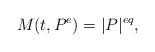
LaTeX: \begin{align*} M(t,P^e) = |P|^{eq}, \end{align*}